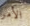
الأمر